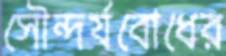
সৌন্দর্যবোধের